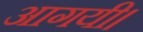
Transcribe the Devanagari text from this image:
आगयी।